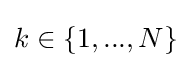
k\in \{1,...,N\}